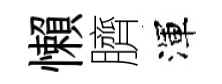
懶臍渾